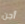
أجن